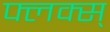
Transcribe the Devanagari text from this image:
फ्लक्स्